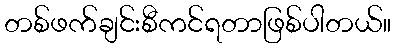
တစ်ဖက်ချင်းစီကင်ရတာဖြစ်ပါတယ်။